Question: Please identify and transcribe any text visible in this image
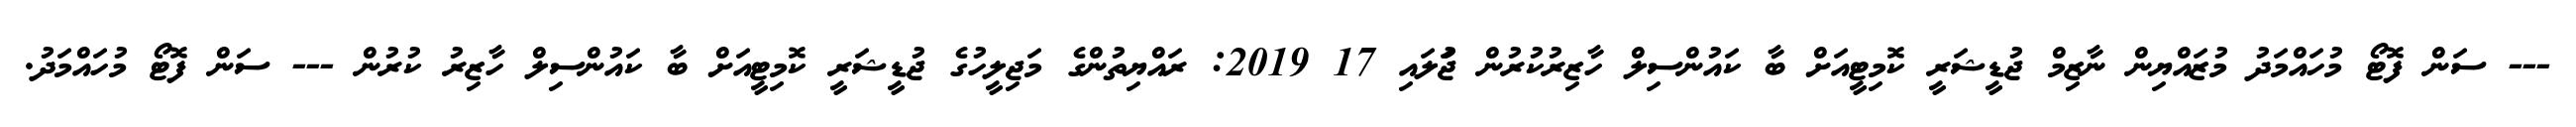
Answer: --- ސަން ފޮޓޯ މުހައްމަދު މުޒައްޔިން ނާޒިމް ޖުޑީޝަރީ ކޮމިޓީއަށް ބާ ކައުންސިލް ހާޒިރުކުރުން ޖުަލައި 17 2019: ރައްޔިތުންގެ މަޖިލީހުގެ ޖުޑީޝަރީ ކޮމިޓީއަށް ބާ ކައުންސިލް ހާޒިރު ކުރުން --- ސަން ފޮޓޯ މުހައްމަދު.